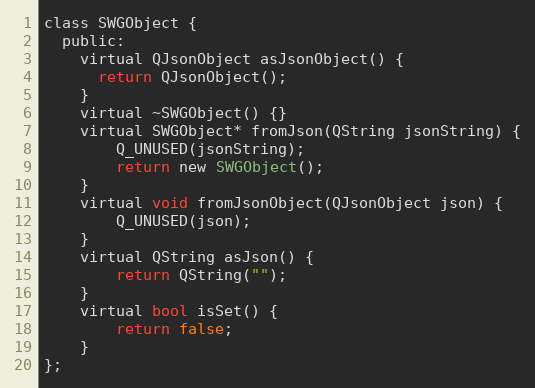
Language: C
class SWGObject {
  public:
    virtual QJsonObject asJsonObject() {
      return QJsonObject();
    }
    virtual ~SWGObject() {}
    virtual SWGObject* fromJson(QString jsonString) {
        Q_UNUSED(jsonString);
        return new SWGObject();
    }
    virtual void fromJsonObject(QJsonObject json) {
        Q_UNUSED(json);
    }
    virtual QString asJson() {
        return QString("");
    }
    virtual bool isSet() {
        return false;
    }
};